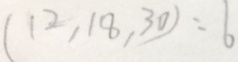
( 1 2 , 1 8 , 3 0 ) = 6